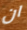
ان